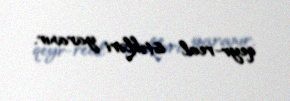
qeyr-real istəkləri yaranır.